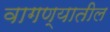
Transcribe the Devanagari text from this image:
वागण्यातील